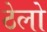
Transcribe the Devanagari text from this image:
ठेलो